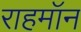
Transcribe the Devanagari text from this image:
राहमॉन